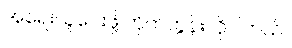
အရေးယူပေးဖို့ တိုက်တွန်းလိုပါတယ်။